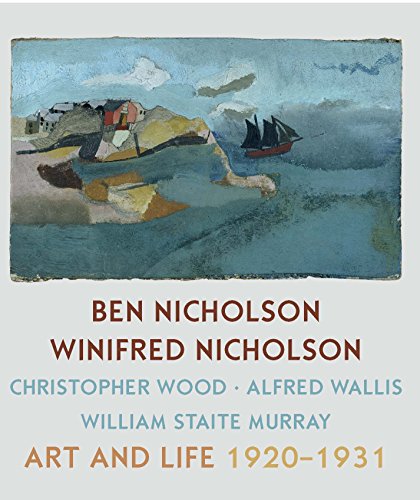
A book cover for Ben Nicholson and Winifred Nicholson: Art and Life (Kettles Yard Gallery: Exhibition Catalogues); Jovan Nicholson; Arts & Photography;